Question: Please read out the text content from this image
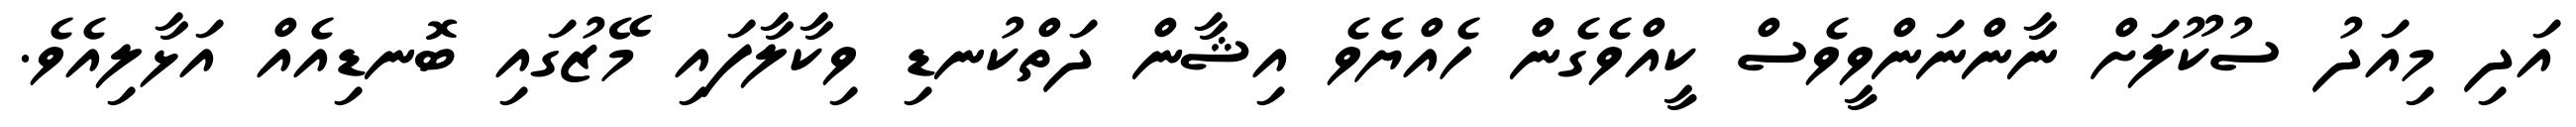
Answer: އަދި މިއަދު ސުކޫލަށް ނާންނަންވީވެސް ކީއްވެގެން ހެއްޔެވެ އިޝާން ދަތްކުނޑި ވިކާލާފައި މޭޒުގައި ބޮނޑިއެއް އަޅާލިއެވެ.